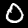
Label: 0